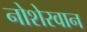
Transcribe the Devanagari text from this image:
नोशेरवान